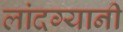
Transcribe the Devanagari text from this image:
लांदग्यानी